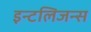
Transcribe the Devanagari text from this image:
इन्टलिजन्स